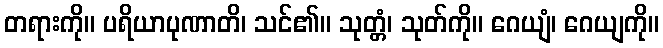
တရားကို။ ပရိယာပုဏာတိ၊ သင်၏။ သုတ္တံ၊ သုတ်ကို။ ဂေယျံ၊ ဂေယျကို။